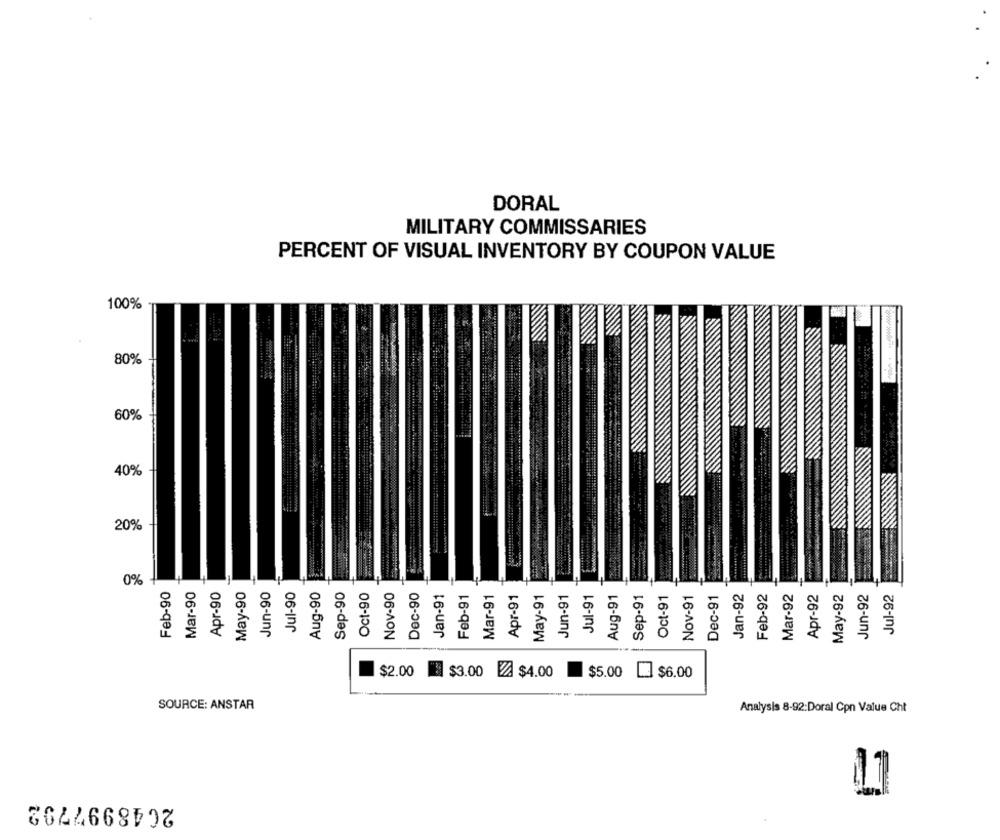
DORAL
MILITARY COMMISSARIES
PERCENT OF VISUAL INVENTORY BY COUPON VALUE
100%
80%
60%
40%
20%
0%
Feb-90
Mar-90
Apr-90
May-90
Jun-90
Jul-90
Aug-90
Sep-90
Oct-90
Nov-90
Dec-90
Jan-91
Feb-91
Mar-91
Apr-91
May-91
Jun-91
Jul-91
Aug-91
Sep-91
Oct-91
Nov-91
Jan-92
Feb-92
Mar-92
Apr-92
May-92
Jun-92
Jul-92
Dec-91
$2.00
$3.00 A $4.00
$5.00
$6.00
SOURCE: ANSTAR
Analysis 8-92:Doral Cpn Value Cht
11
2048997792